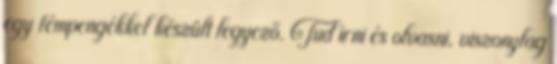
egy fémpengékkel készült legyező. Tud írni és olvasni, viszonylag